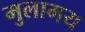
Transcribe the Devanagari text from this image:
मुलामय